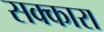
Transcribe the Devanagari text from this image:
सक्कारा